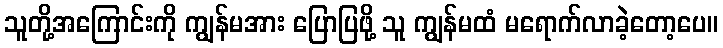
သူတို့အကြောင်းကို ကျွန်မအား ပြောပြဖို့ သူ ကျွန်မထံ မရောက်လာခဲ့တော့ပေ။